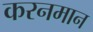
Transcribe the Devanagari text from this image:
करनमान